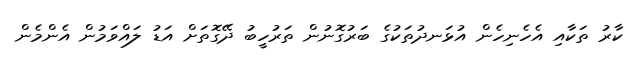
ކާރު ތަކާއި އެހެނިހެން އުޅަނދުތަކުގެ ބަރުގޮނުން ތަރުހީބު ދޭގޮތަށް އަޑު ލައްވަމުން އެންމެން